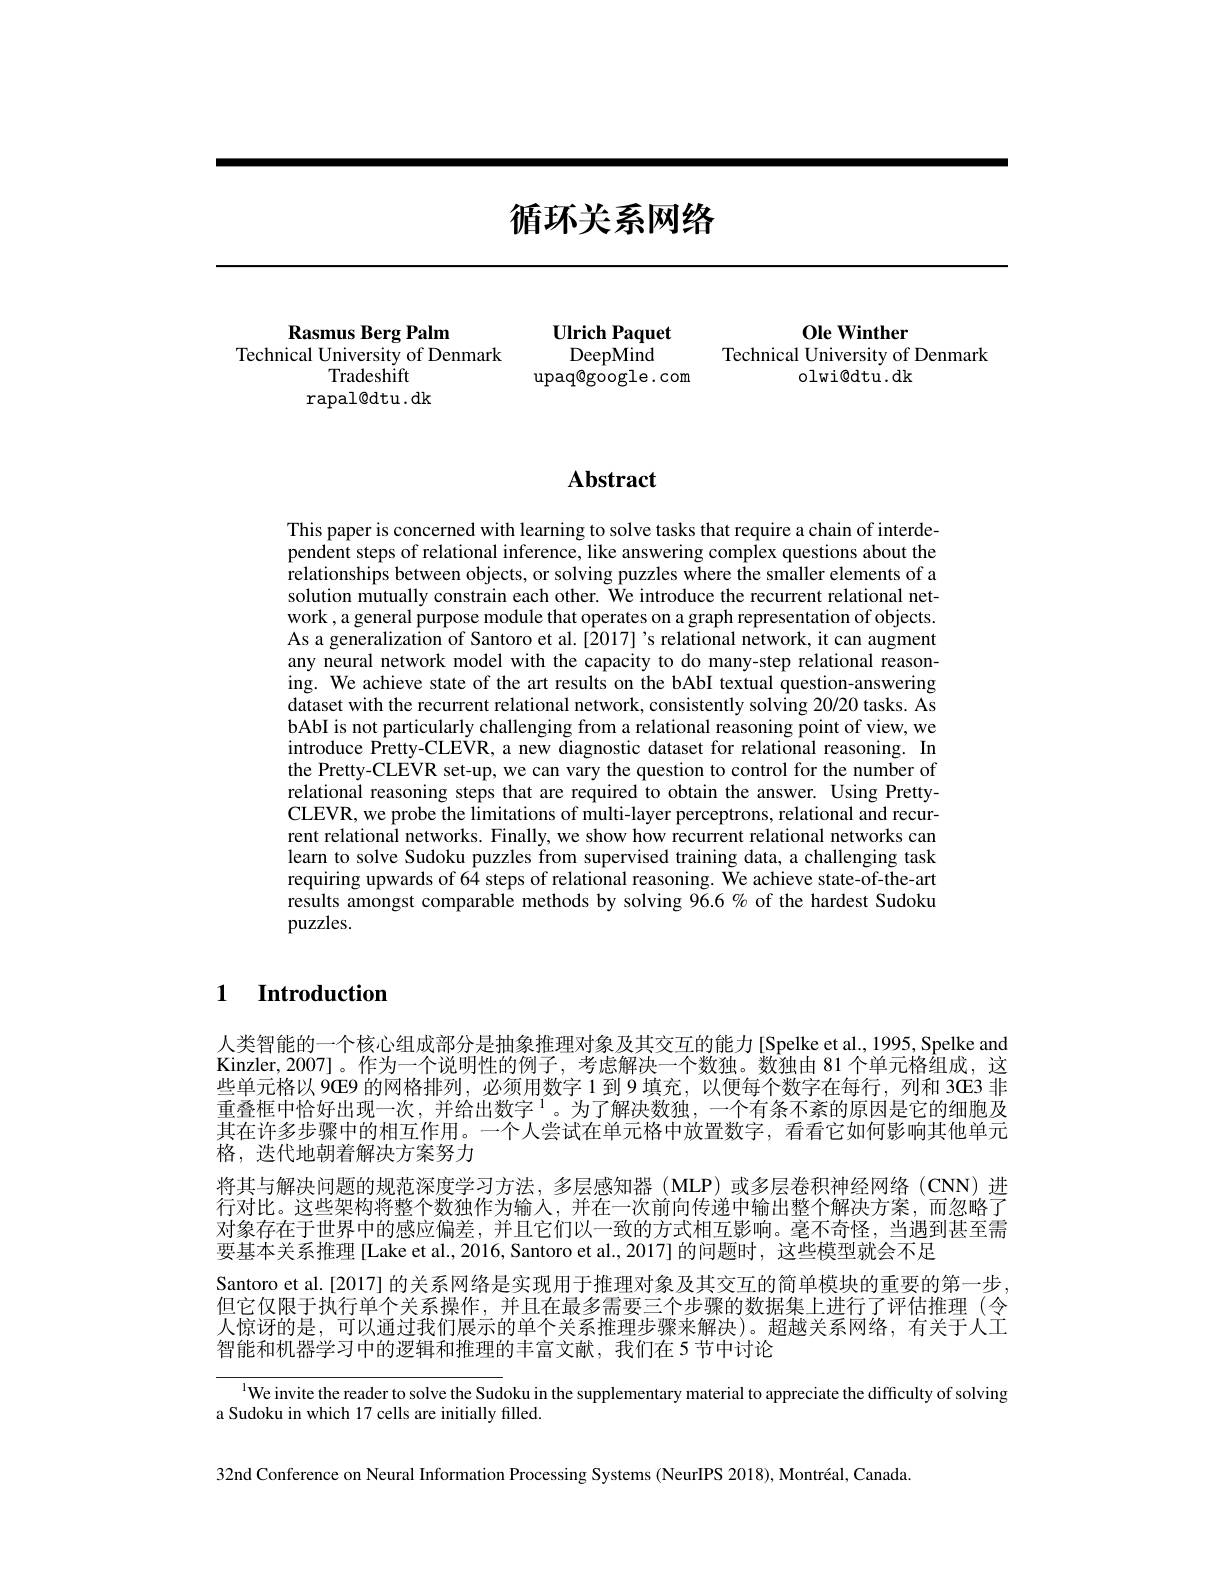
# 循环关系网络

Ole Winther
Technical University of Denmark
$olwi@dtu.dk$

Rasmus Berg Palm
Ulrich Paquet
Technical University of Denmark
DeepMind
upaq@google.com

Tradeshift
rapal@dtu. dk

# Abstract

This paper is concerned with learning to solve tasks that require a chain of interdependent steps of relational inference, like answering complex questions about the relationships between objects, or solving puzzles where the smaller elements of a solution mutually constrain each other. We introduce the recurrent relational network , a general purpose module that operates on a graph representation of objects. As a generalization of Santoro et al.[2017]'s relational network, it can augment any neural network model with the capacity to do many-step relational reasoning. We achieve state of the art results on the bAbI textual question-answering dataset with the recurrent relational network, consistently solving 20/20 tasks. As bAbI is not particularly challenging from a relational reasoning point of view, we introduce Pretty-CLEVR, a new diagnostic dataset for relational reasoning. In the Pretty-CLEVR set-up, we can vary the question to control for the number of relational reasoning steps that are required to obtain the answer. Using PrettyCLEVR, we probe the limitations of multi-layer perceptrons, relational and recurrent relational networks. Finally, we show how recurrent relational networks can learn to solve Sudoku puzzles from supervised training data, a challenging task requiring upwards of 64 steps of relational reasoning. We achieve state-of-the-art results amongst comparable methods by solving 96.6 % of the hardest Sudoku puzzles.

### $\textbf{1}$ $\textbf{Introduction}$

人类智能的一个核心组成部分是抽象推理对象及其交互的能力[Spelke et al., 1995, Spelke and Kinzler,2007]。作为一个说明性的例子，考虑解决一个数独。数独由 81 个单元格组成，这些单元格以 9GE9 的网格排列，必须用数字 1 到 9 填充，以便每个数字在每行，列和 3GE3 非重叠框中恰好出现一次，并给出数字$^{1}$。为了解决数独，一个有条不紊的原因是它的细胞及其在许多步骤中的相互作用。一个人尝试在单元格中放置数字，看看它如何影响其他单元格，迭代地朝着解决方案努力
将其与解决问题的规范深度学习方法，多层感知器 (MLP)或多层卷积神经网络 (CNN)进行对比。这些架构将整个数独作为输入，并在一次前向传递中输出整个解决方案，而忽略了对象存在于世界中的感应偏差，并且它们以一致的方式相互影响。毫不奇怪，当遇到甚至需要基本关系推理[Lake et al., 2016, Santoro et al., 2017] 的问题时，这些模型就会不足
Santoro et al.[2017] 的关系网络是实现用于推理对象及其交互的简单模块的重要的第一步， 但它仅限于执行单个关系操作，并且在最多需要三个步骤的数据集上进行了评估推理(令人惊讶的是，可以通过我们展示的单个关系推理步骤来解决)。超越关系网络，有关于人工智能和机器学习中的逻辑和推理的丰富文献，我们在5 节中讨论

$^{\text{l}}$We invite the reader to solve the Sudoku in the supplementary material to appreciate the difficulty of solving
a Sudoku in which 17 cells are initially filled.

32nd Conference on Neural Information Processing Systems (NeurIPS 2018), Montréal, Canada